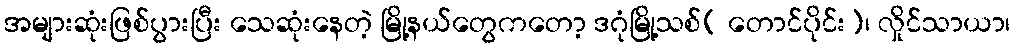
အများဆုံးဖြစ်ပွားပြီး သေဆုံးနေတဲ့ မြို့နယ်တွေကတော့ ဒဂုံမြို့သစ်( တောင်ပိုင်း)၊ လှိုင်သာယာ၊